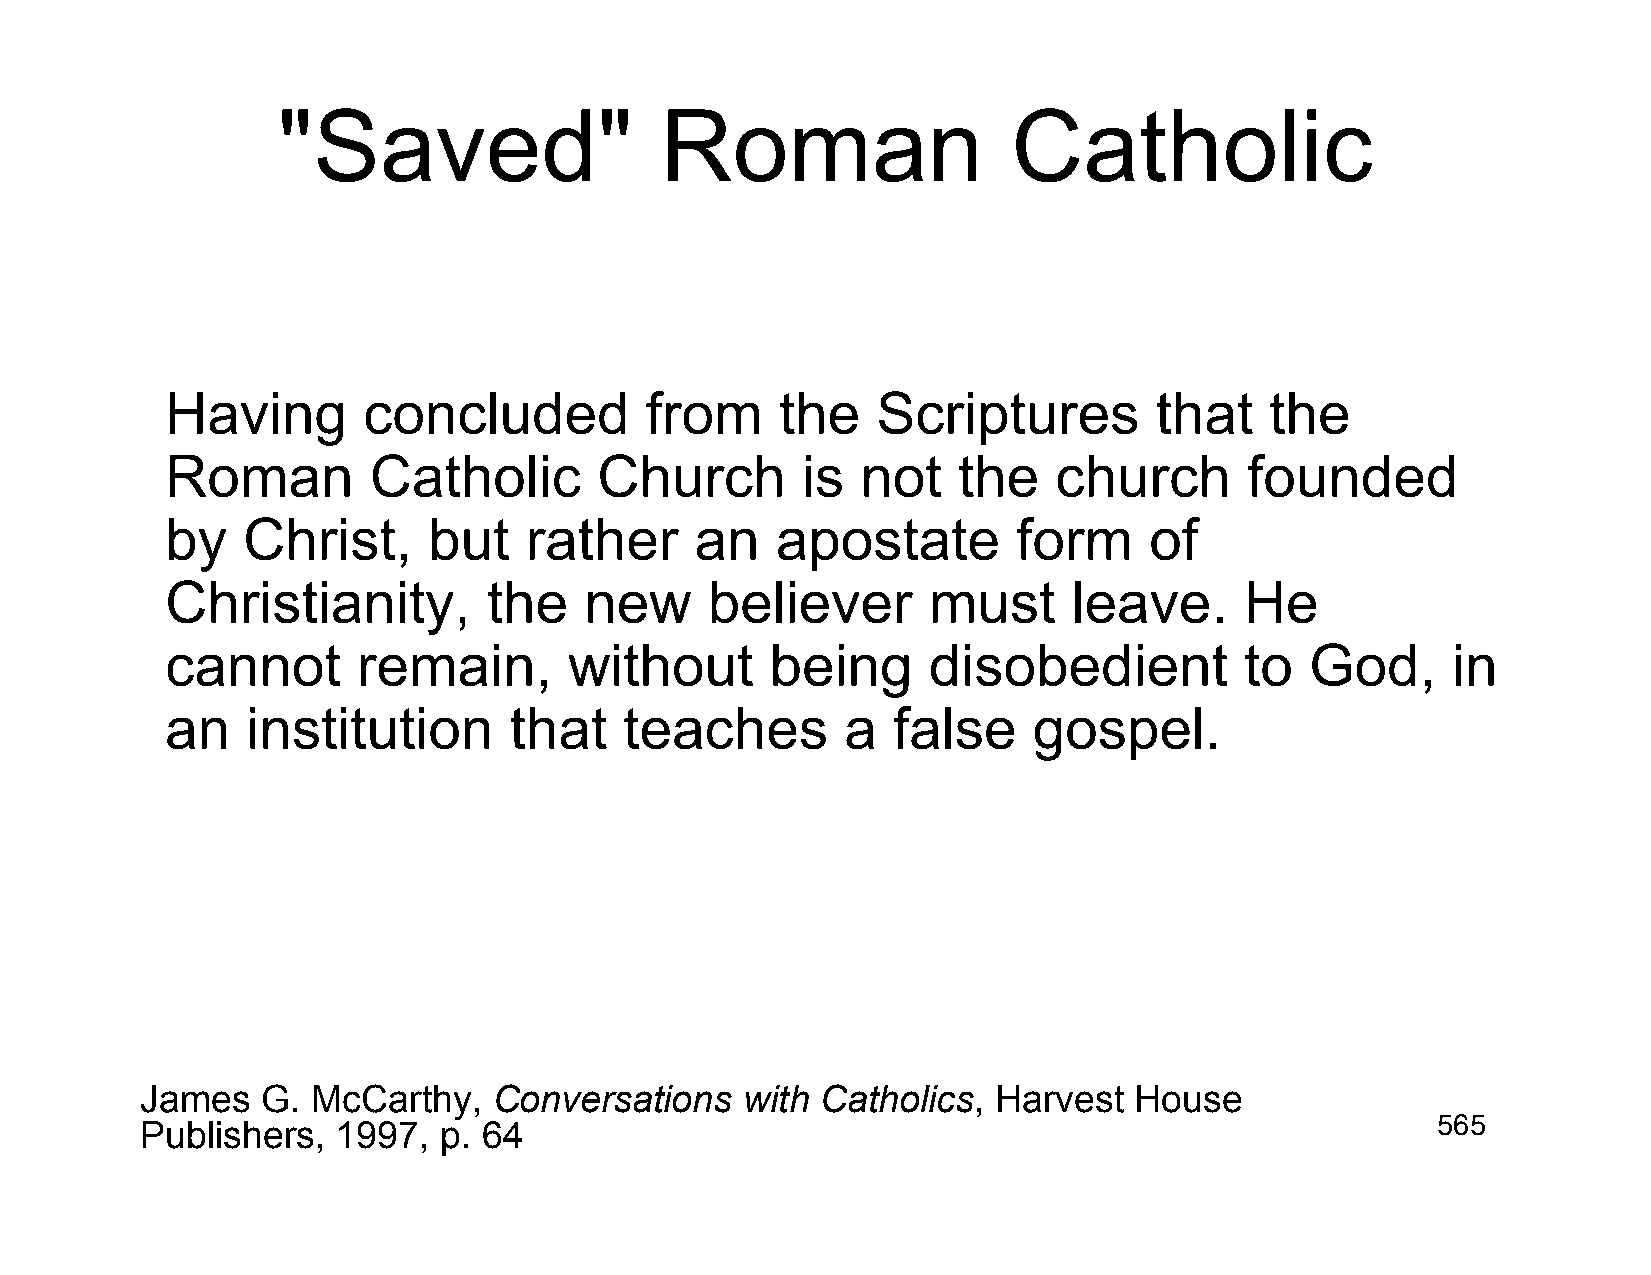
"Saved"                   Roman                  Catholic
 Having       concluded          from     the   Scriptures        that    the
 Roman        Catholic        Church       is  not   the    church       founded
 by   Christ,     but    rather     an   apostate        form     of
 Christianity,        the    new     believer      must      leave.     He
 cannot       remain,       without      being     disobedient          to   God,     in
 an   institution       that   teaches        a  false    gospel.
 James   G.  McCarthy,   Conversations   with Catholics,  Harvest  House
 Publishers,  1997,  p. 64                                                             565